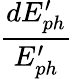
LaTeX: \frac{dE_{ph}^{\prime}}{E_{ph}^{\prime}}